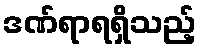
ဒဏ်ရာရရှိသည့်